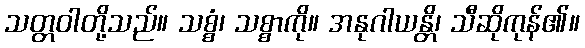
သတ္တဝါတို့သည်။ သစ္စံ၊ သစ္စာကို။ အနုဂါယန္တိ၊ သီဆိုကုန်၏။